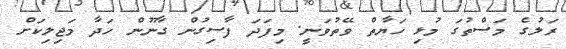
ރަލުގެ މަސްތުގަ މުޅި ހަޔާތް ވޭތުވަނީ. މިފަދަ ފާސިގުން ގާނޫން ހަދާ މަޖިލިކަށް